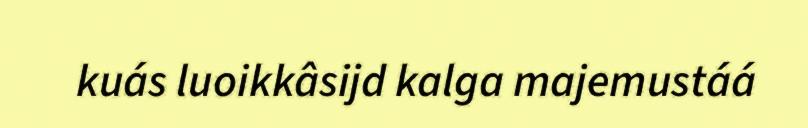
kuás luoikkâsijd kalga majemustáá